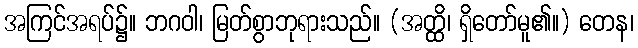
အကြင်အရပ်၌။ ဘဂဝါ၊ မြတ်စွာဘုရားသည်။ (အတ္ထိ၊ ရှိတော်မူ၏။) တေန၊